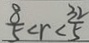
\frac { 8 } { 5 } < r < \frac { 3 2 } { 5 }